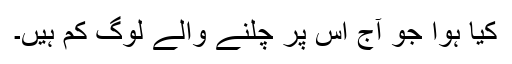
کیا ہُوا جو آج اُس پر چلنے والے لوگ کم ہیں۔